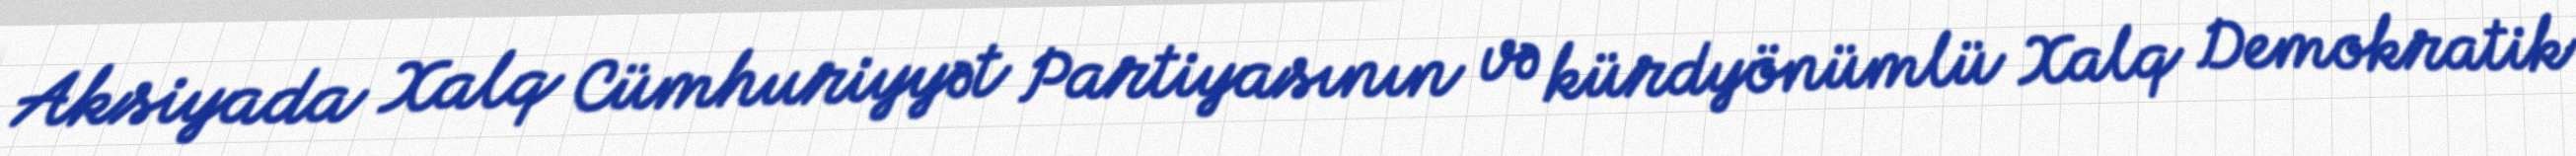
Aksiyada Xalq Cümhuriyyət Partiyasının və kürdyönümlü Xalq Demokratik